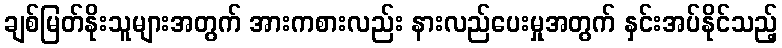
ချစ်မြတ်နိုးသူများအတွက် အားကစားလည်း နားလည်ပေးမှုအတွက် နှင်းအပ်နိုင်သည့်